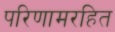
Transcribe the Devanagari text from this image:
परिणामरहित